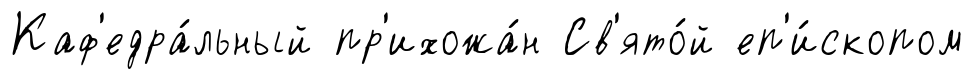
Каф'едра́льный пр'ихожа́н Св'ято́й еп'и́скопом